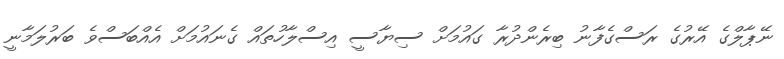
ނޭޕާލްގެ އޭރުގެ ރަސްގެފާނު ބިރެންދުރާ ގައުމަށް ސިޔާސީ އިސްލާހުތައް ގެނައުމަށް އެއްބަސްވެ ބަރުލަމާނީ